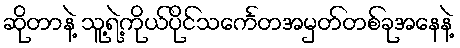
ဆိုတာနဲ့ သူ့ရဲ့ကိုယ်ပိုင်သင်္ကေတအမှတ်တစ်ခုအနေနဲ့